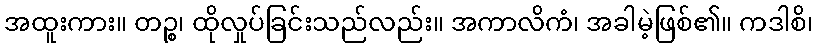
အထူးကား။ တဉ္စ၊ ထိုလှုပ်ခြင်းသည်လည်း။ အကာလိကံ၊ အခါမဲ့ဖြစ်၏။ ကဒါစိ၊